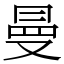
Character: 曼